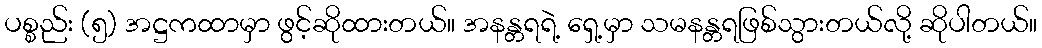
ပစ္စည်း (၅) အဋ္ဌကထာမှာ ဖွင့်ဆိုထားတယ်။ အနန္တရရဲ့ ရှေ့မှာ သမနန္တရဖြစ်သွားတယ်လို့ ဆိုပါတယ်။